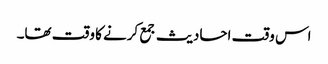
اس وقت احادیث جمع کرنے کا وقت تھا۔